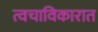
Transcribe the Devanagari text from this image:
त्वचाविकारात